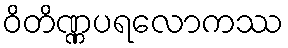
ဝိတိဏ္ဏပရလောကဿ